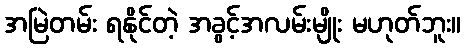
အမြဲတမ်း ရနိုင်တဲ့ အခွင့်အလမ်းမျိုး မဟုတ်ဘူး။